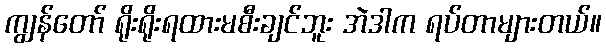
ကျွန်တော် ရိုးရိုးရထားမစီးချင်ဘူး အဲဒါက ရပ်တာများတယ်။